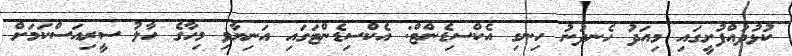
ކުޅުދުއްފުށީގައި މިއަދު ހެނދުނު ހިނގި އެކްސިޑެންޓް: އެކްސިޑެންޓަގައި އަނިޔާވި މިހާގެ ހާލު ސީރިއަސްކަމަށް